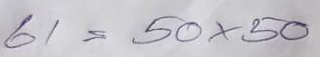
61 = 50x50